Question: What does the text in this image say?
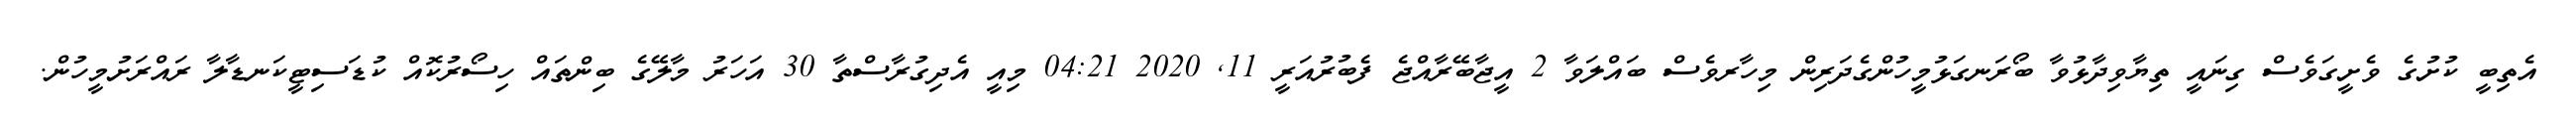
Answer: އެތިބީ ކުށުގެ ވެށީގަވެސް ގިނައީ ތިޔާވިދާޅުވާ ބޯރަނގަޅުމީހުންގެދަރިން މިހާރވެސް ބައްލަވާ 2 އީޖާބޭރާއްޖެ ފެބުރުއަރީ 11, 2020 04:21 މިއީ އެދިގުރާސްތާ 30 އަހަރު މާލޭގެ ބިންތައް ހިސޯރުކޮއް ކުޑަސިޓީކަނޑާލާ ރައްރަށުމީހުން.